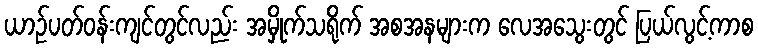
ယာဉ်ပတ်ဝန်းကျင်တွင်လည်း အမှိုက်သရိုက် အစအနများက လေအသွေးတွင် ပြယ်လွင့်ကာစ